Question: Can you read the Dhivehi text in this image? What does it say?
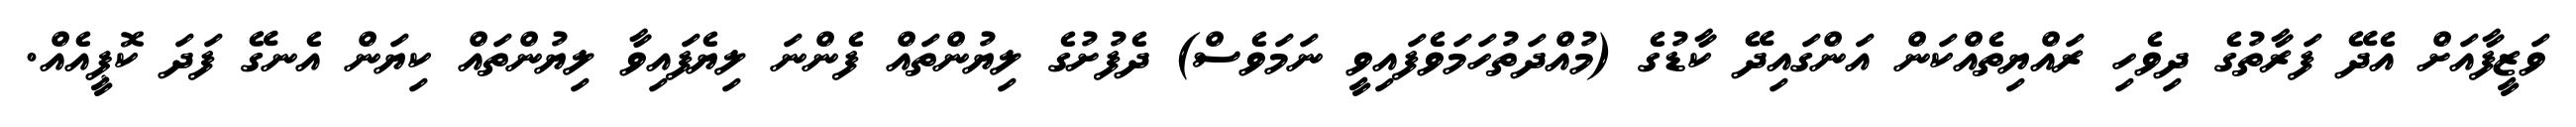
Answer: ވަޒީފާއަށް އެދޭ ފަރާތުގެ ދިވެހި ރައްޔިތެއްކަން އަންގައިދޭ ކާޑުގެ (މުއްދަތުހަމަވެފައިވީ ނަމަވެސް) ދެފުށުގެ ލިޔުންތައް ފެންނަ ލިޔެފައިވާ ލިޔުންތައް ކިޔަން އެނގޭ ފަދަ ކޮޕީއެއް.